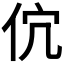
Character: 𬽶